Civil Veterinary Dept. Bombay admin report 1893-99 - 1893-1899
Year: 1893
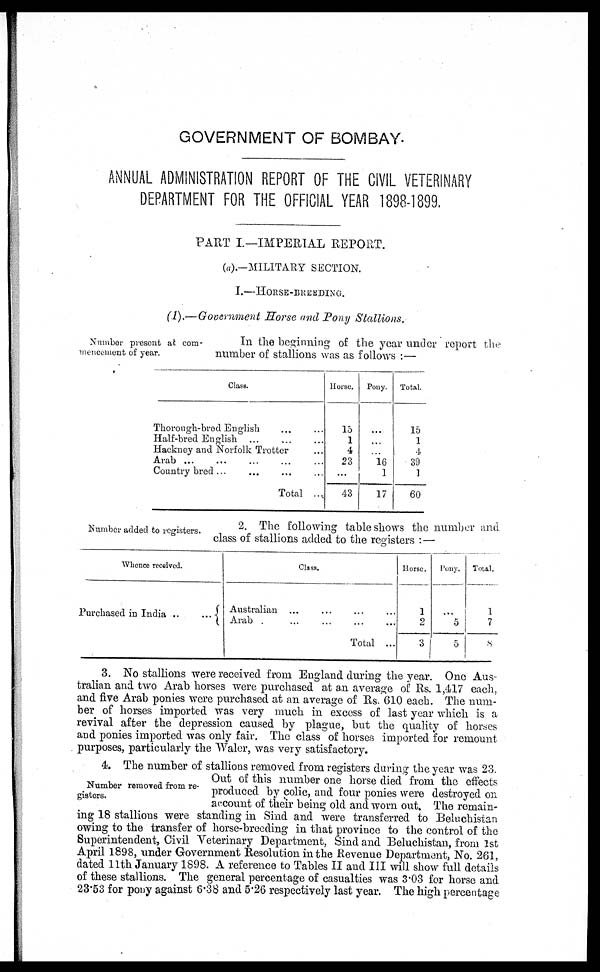
GOVERNMENT OF BOMBAY.
ANNUAL ADMINISTRATION REPORT OF THE CIVIL VETERINARY
DEPARTMENT FOR THE OFFICIAL YEAR 1898-1899.
PART I—IMPERIAL REPORT.
(a).—MILITARY SECTION.
I.—HORSE-BREEDING.
(1).—Government Horse and Pony Stallions.
Number present at com-
mencement of year.
In the beginning of the year under report the
number of stallions was as follows :—
Class.
Thorongh-bred English … …
Half-bred English ... … …
Hackney and Norfolk Trotter …
Arab … … … … …
Country bred ... … … …
Total ....
Horse.
15
1
4
23
...
43
Pony.
…
…
…
16
1
17
Total.
15
1
4
39
1
60
Number added to registers.
2. The following table shows the number and.
class of stallions added to the registers : —
Whence received.
Purchased in India … …
Class.
Australian
Arab
… …
… …
… …
… …
Total ...
Horse.
1
2
3
Pony.
...
5
5
Total.
1
7
8
3. No stallions were received from England during the year. One Aus-
tralian and two Arab horses were purchased at an average of Rs. 1,417 each,
and five Arab ponies were purchased at an average of Rs. 610 each. The num-
ber of horses imported was very much in excess of last year which is a
revival after the depression caused by plague, but the quality of horses
and ponies imported was only fair. The class of horses imported for remount
purposes, particularly the Waler, was very satisfactory.
Number removed from re-
gisters.
4. The number of stallions removed from registers during the year was 23.
Out of this number one horse died from the effects
produced by colic, and four ponies were destroyed on
account of their being old and worn out. The remain-
ing 18 stallions were standing in Sind and were transferred to Beluchistan
owing to the transfer of horse-breeding in that province to the control of the
Superintendent, Civil Veterinary Department, Sind and Beluchistan, from 1st
April 1898, under Government Resolution in the Revenue Department, No. 261,
dated 11th January 1898. A reference to Tables II and III will show full details
of these stallions. The general percentage of casualties was 3.03 for horse and
23.53 for pony against 6.38 and 5.26 respectively last year. The high percentage